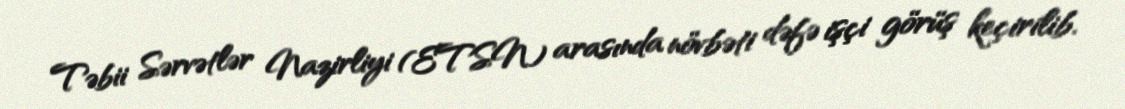
Təbii Sərvətlər Nazirliyi (ETSN) arasında növbəti dəfə işçi görüş keçirilib.